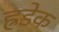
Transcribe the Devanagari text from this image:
ह्रडेक